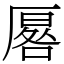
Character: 厬